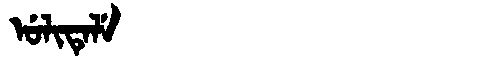
Manchu: ᡠᠯᡳᡨᡝᠯᡝ
Romanization: ULITELE